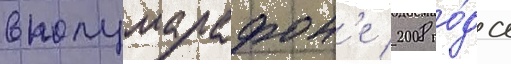
в полумарафон'е 2008 го́да